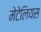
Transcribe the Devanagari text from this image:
मेटेलियस